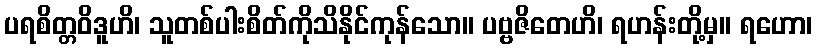
ပရစိတ္တဝိဒူဟိ၊ သူတစ်ပါးစိတ်ကိုသိနိုင်ကုန်သော။ ပဗ္ဗဇိတေဟိ၊ ရဟန်းတို့မှ။ ရဟော၊